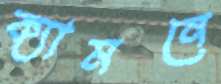
ক্যামনে